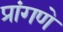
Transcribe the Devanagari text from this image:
प्रांगणे